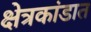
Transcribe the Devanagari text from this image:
क्षेत्रकांडात